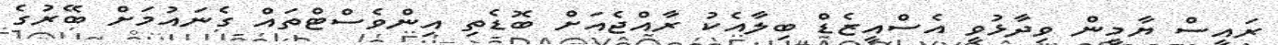
ރައީސް ޔާމީން ވިދާޅުވީ އެސްއީޒެޑް ބިލާއެކު ރާއްޖެއަށް ބޮޑެތި އިންވެސްޓްތައް ގެނައުމަށް ބޭރުގެ